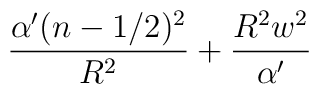
\frac{\alpha '(n-1/2)^2}{R^2}+                   \frac{R^2w^2}{\alpha '}